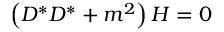
\left( D ^ { * } D ^ { * } + m ^ { 2 } \right) { \cal H } = 0